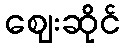
ဈေးဆိုင်